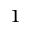
^ 1